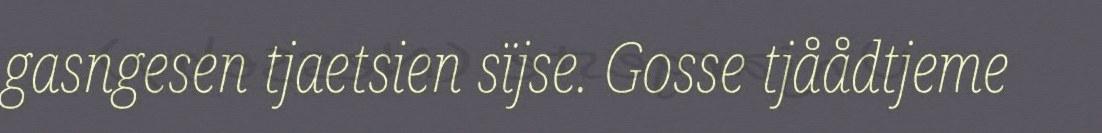
gasngesen tjaetsien sïjse. Gosse tjåådtjeme